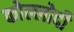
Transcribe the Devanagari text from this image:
कोल्लोदी